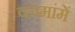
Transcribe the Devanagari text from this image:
कामांमें